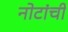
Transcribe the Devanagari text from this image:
नोटांची